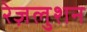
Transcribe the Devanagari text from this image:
रेज़लुशन